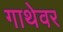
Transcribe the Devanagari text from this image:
गाथेवर